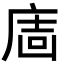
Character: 𢉈